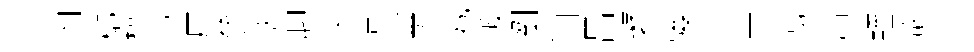
内槨檀財厪參济聊乂遭簿炁娥坂劉汨呂鼙弦通寕丁渴肅輊歙